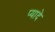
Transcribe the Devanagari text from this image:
प्‍यादे